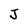
Character: J